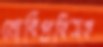
নোবিপ্রবিসহ